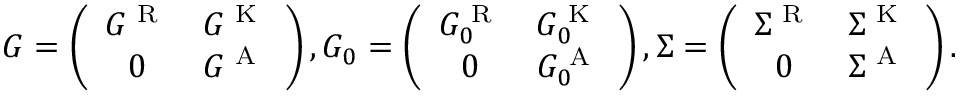
\begin{array} { r } { G = \left( \begin{array} { c c } { G ^ { \textrm { R } } } & { G ^ { \textrm { K } } } \\ { 0 } & { G ^ { \textrm { A } } } \end{array} \right) , G _ { 0 } = \left( \begin{array} { c c } { G _ { 0 } ^ { \textrm { R } } } & { G _ { 0 } ^ { \textrm { K } } } \\ { 0 } & { G _ { 0 } ^ { \textrm { A } } } \end{array} \right) , \Sigma = \left( \begin{array} { c c } { \Sigma ^ { \textrm { R } } } & { \Sigma ^ { \textrm { K } } } \\ { 0 } & { \Sigma ^ { \textrm { A } } } \end{array} \right) . } \end{array}